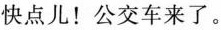
快点儿！公交车来了。